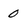
Character: 0